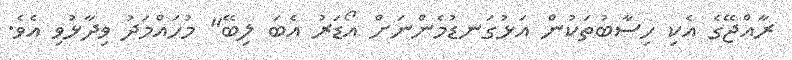
ރާއްޖޭގެ އެކި ހިސާބުތަކުން އަޅުގަނޑުމެންނަށް އޯޑަރު އެބަ ލިބޭ" މުހައްމަދު ވިދާޅުވި އެވެ.